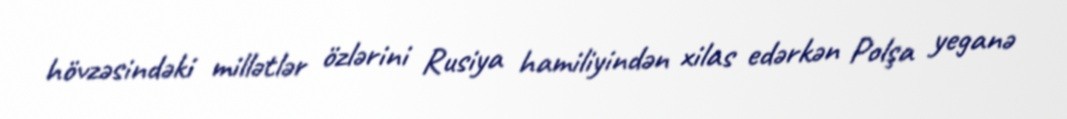
hövzəsindəki millətlər özlərini Rusiya hamiliyindən xilas edərkən Polşa yeganə